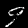
Label: 9